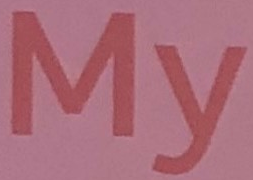
My